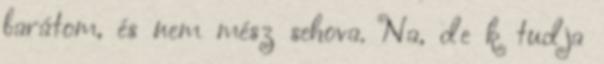
barátom, és nem mész sehova. Na, de k tudja